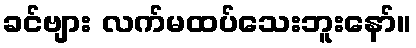
ခင်ဗျား လက်မထပ်သေးဘူးနော်။